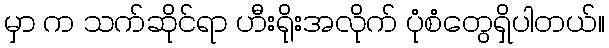
မှာ က သက်ဆိုင်ရာ ဟီးရိုးအလိုက် ပုံစံတွေရှိပါတယ်။